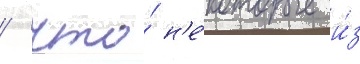
/ что́ н'е́которые и́з